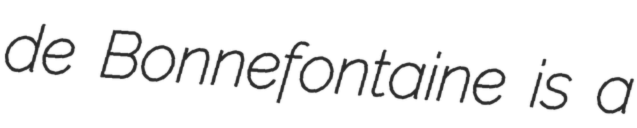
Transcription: de Bonnefontaine is a